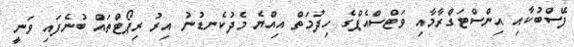
ފޭސްބުކާއި އިންސްޓަގްރާމާއި ވަޓްސްއެޕްގެ ހިދުމަތް އިއްޔެ މެދުކެނޑުނު އިރު ރިޕޯޓްތައް ބުނެފައި ވަނީ